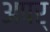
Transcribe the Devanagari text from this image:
अपर्